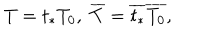
T = t _ { * } T _ { 0 } , \; \overline { { { T } } } = \overline { { { t _ { * } } } } \overline { { { T _ { 0 } } } } ,